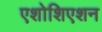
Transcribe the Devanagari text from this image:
एशोशिएशन